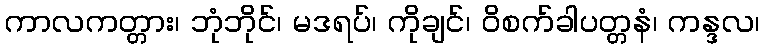
ကာလကတ္တား၊ ဘုံဘိုင်၊ မဒရပ်၊ ကိုချင်၊ ဝိစက်ခါပတ္တနံ၊ ကန္ဒလ၊